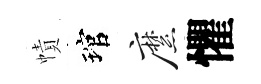
幘琯縻懼